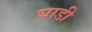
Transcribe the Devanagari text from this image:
घाडी